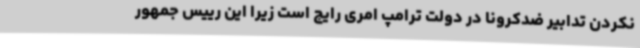
نکردن تدابیر ضدکرونا در دولت ترامپ امری رایج است زیرا این رییس جمهور